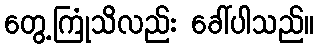
တွေ့ကြုံသိလည်း ခေါ်ပါသည်။